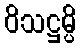
ဝိသဋ္ဌမ္ပိ